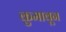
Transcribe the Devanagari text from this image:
कुमावून